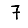
Digit: 7